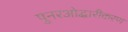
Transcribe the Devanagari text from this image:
पुनरओद्धारीकरण